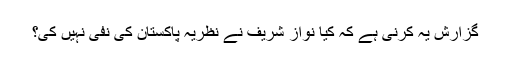
گزارش یہ کرنی ہے کہ کیا نواز شریف نے نظریہ پاکستان کی نفی نہیں کی؟